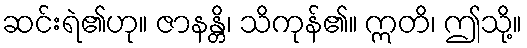
ဆင်းရဲ၏ဟု။ ဇာနန္တိ၊ သိကုန်၏။ ဣတိ၊ ဤသို့။